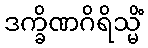
ဒက္ခိဏဂိရိသ္မိံ